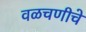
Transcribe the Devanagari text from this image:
वळचणीचे